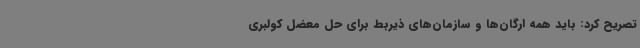
تصریح کرد: باید همه ارگان‌ها و سازمان‌های ذیربط برای حل معضل کولبری